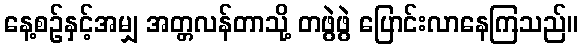
နေ့စဉ်နှင့်အမျှ အတ္တလန်တာသို့ တဖွဲဖွဲ ပြောင်းလာနေကြသည်။